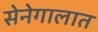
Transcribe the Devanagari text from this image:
सेनेगालात